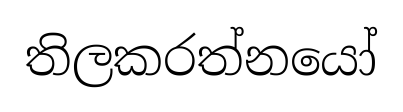
තිලකරත්නයෝ